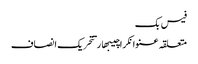
فیس بک
متعلقہ عنوانکراچیبھارتتحریک انصاف